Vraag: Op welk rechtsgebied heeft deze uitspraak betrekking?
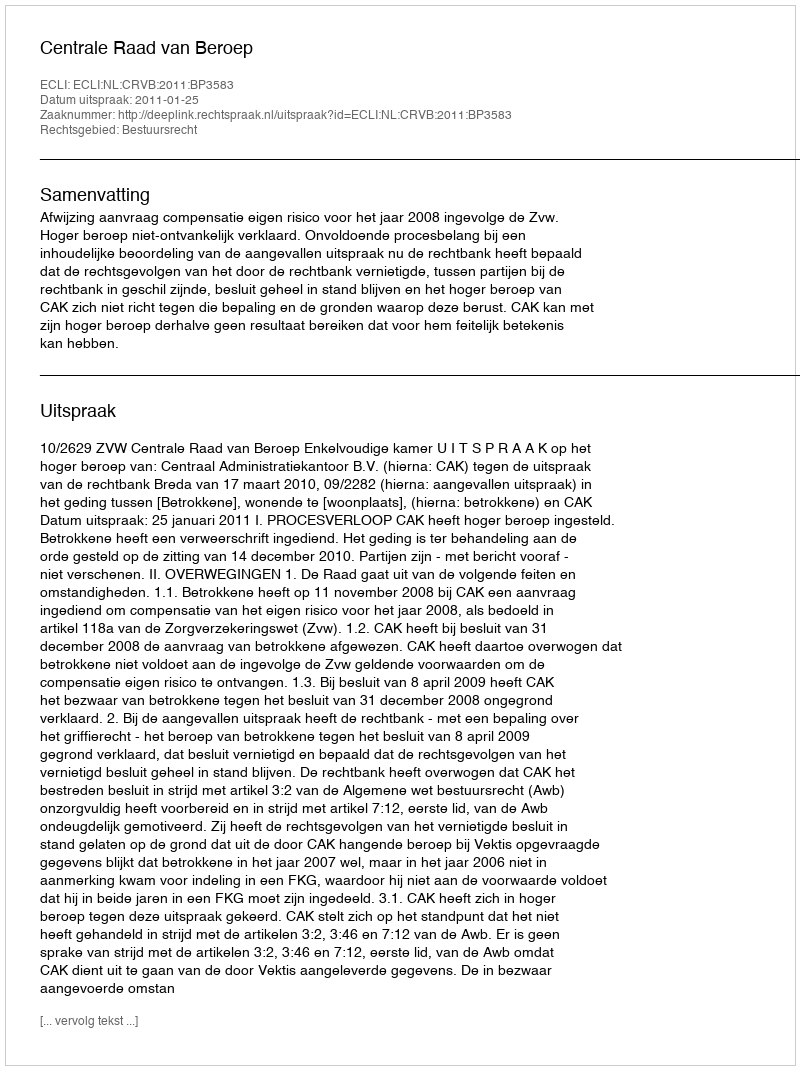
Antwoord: Bestuursrecht